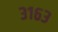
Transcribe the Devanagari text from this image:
३१६३